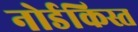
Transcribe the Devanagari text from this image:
नोर्डकिस्त